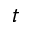
t